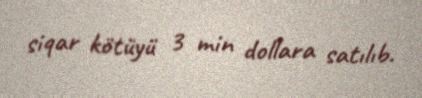
siqar kötüyü 3 min dollara satılıb.